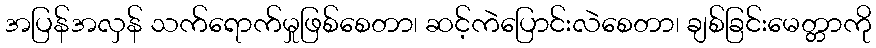
အပြန်အလှန် သက်ရောက်မှုဖြစ်စေတာ၊ ဆင့်ကဲပြောင်းလဲစေတာ၊ ချစ်ခြင်းမေတ္တာကို